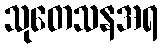
သုတေသနအရ